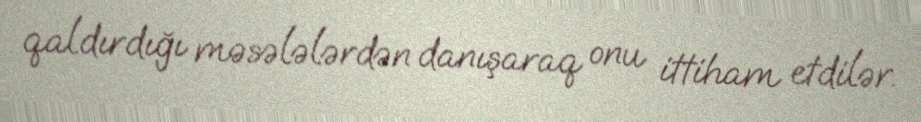
qaldırdığı məsələlərdən danışaraq onu ittiham etdilər.